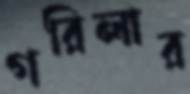
গরিলার